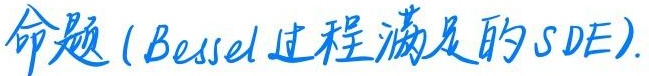
命题 (Bessel 过程满足的SDE).